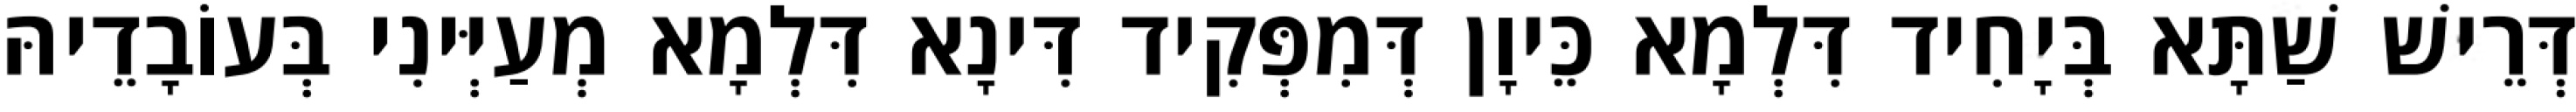
דְּרֵישׁ שַׁתָּא בְּיָחִיד דִּלְמָא כֵּיוָן דְּמִפְּקִיד דִּינָא דִּלְמָא מְעַיְּינִי בְּעוֹבָדֵיהּ